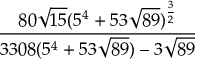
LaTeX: \frac { 8 0 { \sqrt { 1 5 } } ( 5 ^ { 4 } + 5 3 { \sqrt { 8 9 } } ) ^ { \frac { 3 } { 2 } } } { 3 3 0 8 ( 5 ^ { 4 } + 5 3 { \sqrt { 8 9 } } ) - 3 { \sqrt { 8 9 } } }